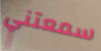
سمعتني